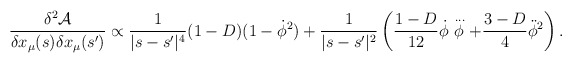
\begin{align*}\frac{\delta ^{2}\mathcal{A}}{\delta x_{\mu }(s)\delta x_{\mu }(s')}\propto \frac{1}{|s-s'|^{4}}(1-D)(1-\dot{\phi }^{2})+\frac{1}{|s-s'|^{2}}\left( \frac{1-D}{12}\dot{\phi }\stackrel{{\, ...}}{\phi }+\frac{3-D}{4}\ddot{\phi }^{2}\right) .\end{align*}